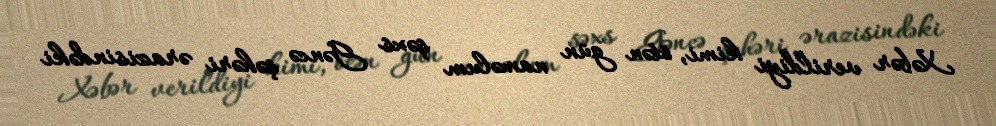
Xəbər verildiyi kimi, ötən gün naməlum şəxs Gəncə şəhəri ərazisindəki